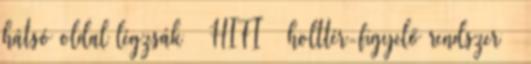
hátsó oldal légzsák – HIFI – holttér-figyelő rendszer –